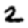
Digit: 2